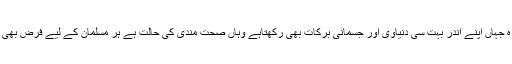
روز ہ جہاں اپنے اندر بہت سی دنیاوی اور جسمانی برکات بھی رکھتاہے وہاں صحت مندی کی حالت ہے ہر مسلمان کے لیے فرض بھی ہے ۔